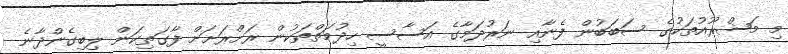
މި މަޝްރޫއުތަކުގެ ސަބަބުން ފެނާއި ނަރުދަމާގެ އަސާސީ ހިދުމަތްތަކުން ރަށްރަށަށް ފާގަތިކަން ލިބިގެންދާނެ